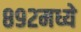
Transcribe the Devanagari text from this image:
८९२मध्ये